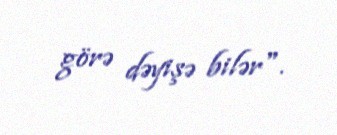
görə dəyişə bilər".